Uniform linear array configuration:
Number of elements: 48
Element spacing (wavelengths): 1
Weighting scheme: kaiser
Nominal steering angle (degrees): -60
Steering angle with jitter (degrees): -59.722
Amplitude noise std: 0.05
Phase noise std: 0.05

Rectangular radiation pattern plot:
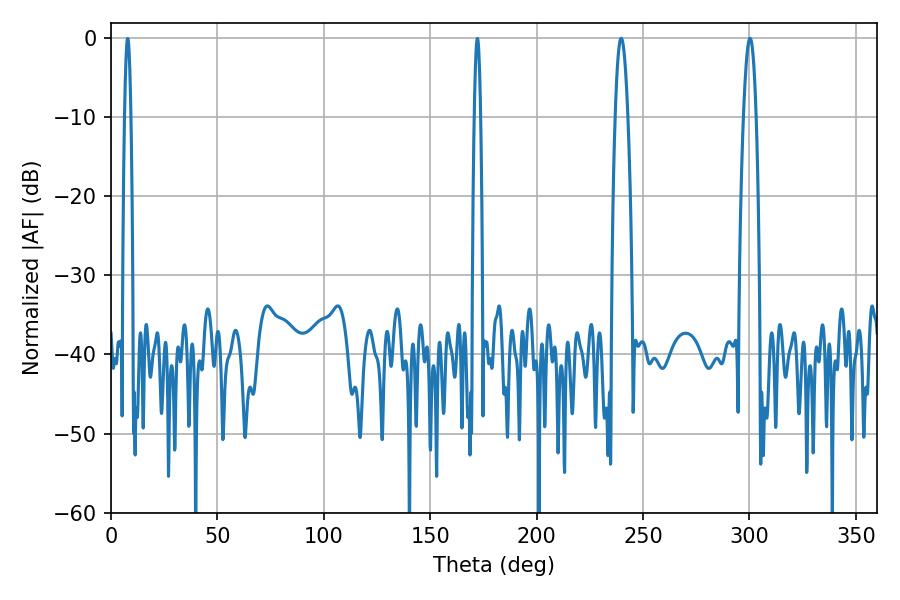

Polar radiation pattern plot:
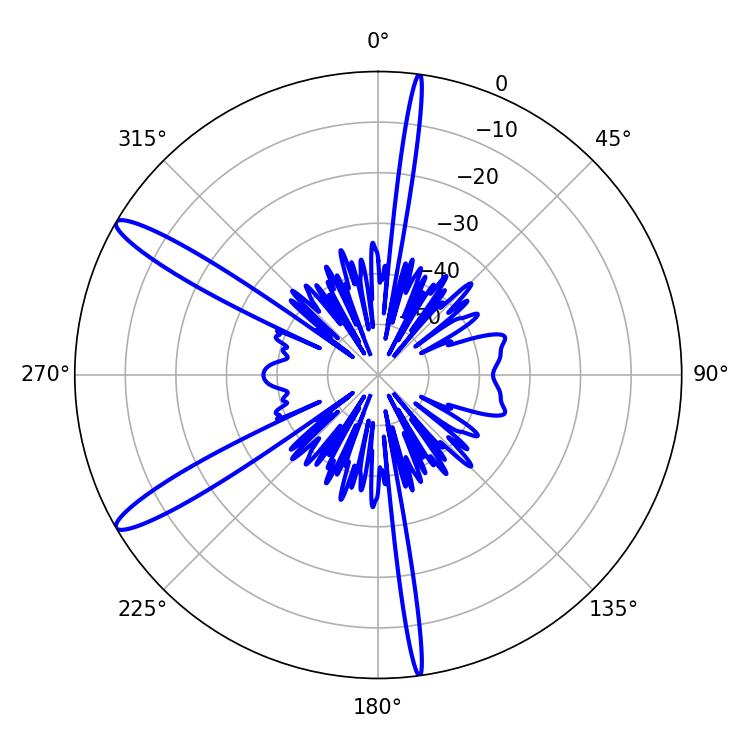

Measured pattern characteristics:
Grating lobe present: TRUE
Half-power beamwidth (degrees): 3.24
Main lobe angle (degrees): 239.76